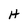
Character: H